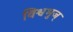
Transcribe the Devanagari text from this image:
विश्वभुज्‌